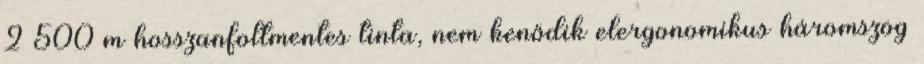
2 500 m hosszanfoltmentes tinta, nem kenődik elergonomikus háromszög